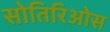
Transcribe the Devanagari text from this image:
सोतिरिओस